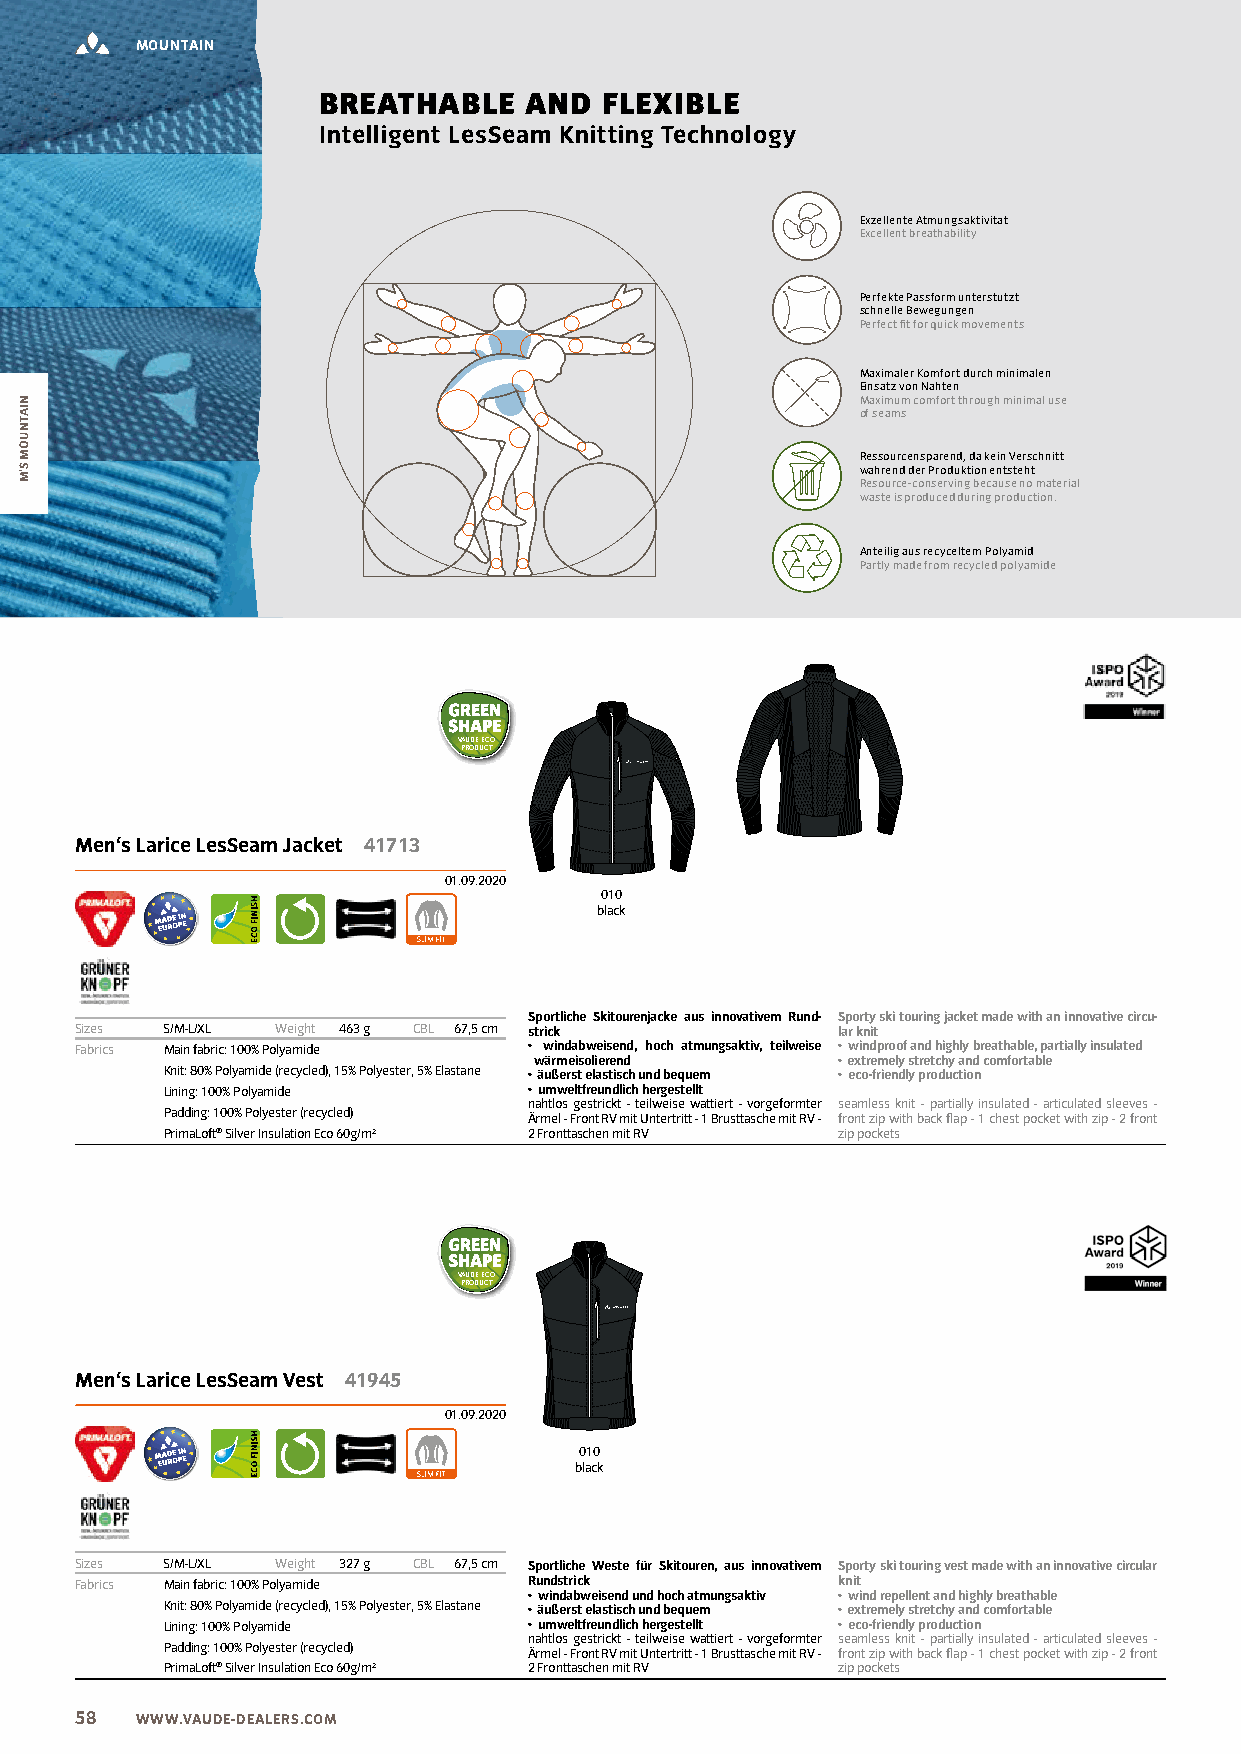
MOUNTAIN
 BREATHABLE    AND  FLEXIBLE
 Intelligent LesSeam Knitting Technology
 Exzellente Atmungsaktivität
 Excellent breathability
 Perfekte Passform unterstützt
 schnelle Bewegungen
 Perfect fit for quick movements
 Maximaler Komfort durch minimalen
 Einsatz von Nähten
 Maximum comfort through minimal use
 of seams
 Ressourcensparend, da kein Verschnitt
 während der Produktion entsteht
 Resource-conserving because no material
 waste is produced during production.
 Anteilig aus recyceltem Polyamid
 Partly made from recycled polyamide
 VAUDE ECO
 PRODUCT
 Men‘s Larice LesSeam Jacket 41713
 01.09.2020
 010
 black
 Sportliche Skitourenjacke aus innovativem Rund- Sporty ski touring jacket made with an innovative circu-
 Sizes S/M-L/XL Weight 463 g CBL 67,5 cm strick    lar knit
 Fabrics Main fabric: 100% Polyamide • windabweisend, hoch atmungsaktiv, teilweise • windproof and highly breathable, partially insulated
 wärmeisolierend     • extremely stretchy and comfortable
 Knit: 80% Polyamide (recycled), 15% Polyester, 5% Elastane • äußerst elastisch und bequem • eco-friendly production
 Lining: 100% Polyamide  • umweltfreundlich hergestellt
 nahtlos gestrickt - teilweise wattiert - vorgeformter seamless knit - partially insulated - articulated sleeves -
 Padding: 100% Polyester (recycled)
 Ärmel - Front RV mit Untertritt - 1 Brusttasche mit RV - front zip with back flap - 1 chest pocket with zip - 2 front
 PrimaLoft® Silver Insulation Eco 60g/m² 2 Fronttaschen mit RV zip pockets
 VAUDE ECO
 PRODUCT
 Men‘s Larice LesSeam Vest 41945
 01.09.2020
 010
 black
 Sizes S/M-L/XL Weight 327 g CBL 67,5 cm Sportliche Weste für Skitouren, aus innovativem Sporty ski touring vest made with an innovative circular
 Fabrics Main fabric: 100% Polyamide Rundstrick    knit
 • windabweisend und hoch atmungsaktiv • wind repellent and highly breathable
 Knit: 80% Polyamide (recycled), 15% Polyester, 5% Elastane • äußerst elastisch und bequem • extremely stretchy and comfortable
 Lining: 100% Polyamide  • umweltfreundlich hergestellt • eco-friendly production
 nahtlos gestrickt - teilweise wattiert - vorgeformter seamless knit - partially insulated - articulated sleeves -
 Padding: 100% Polyester (recycled) Ärmel - Front RV mit Untertritt - 1 Brusttasche mit RV - front zip with back flap - 1 chest pocket with zip - 2 front
 PrimaLoft® Silver Insulation Eco 60g/m² 2 Fronttaschen mit RV zip pockets
 58  WWW.VAUDE-DEALERS.COM
 NIATNUOM
 S’M